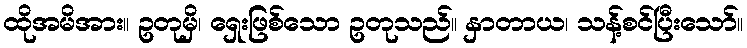
ထိုအမိအား။ ဥတုမှိ၊ ရှေးဖြစ်သော ဥတုသည်။ နှာတာယ၊ သန့်စင်ပြီးသော်။